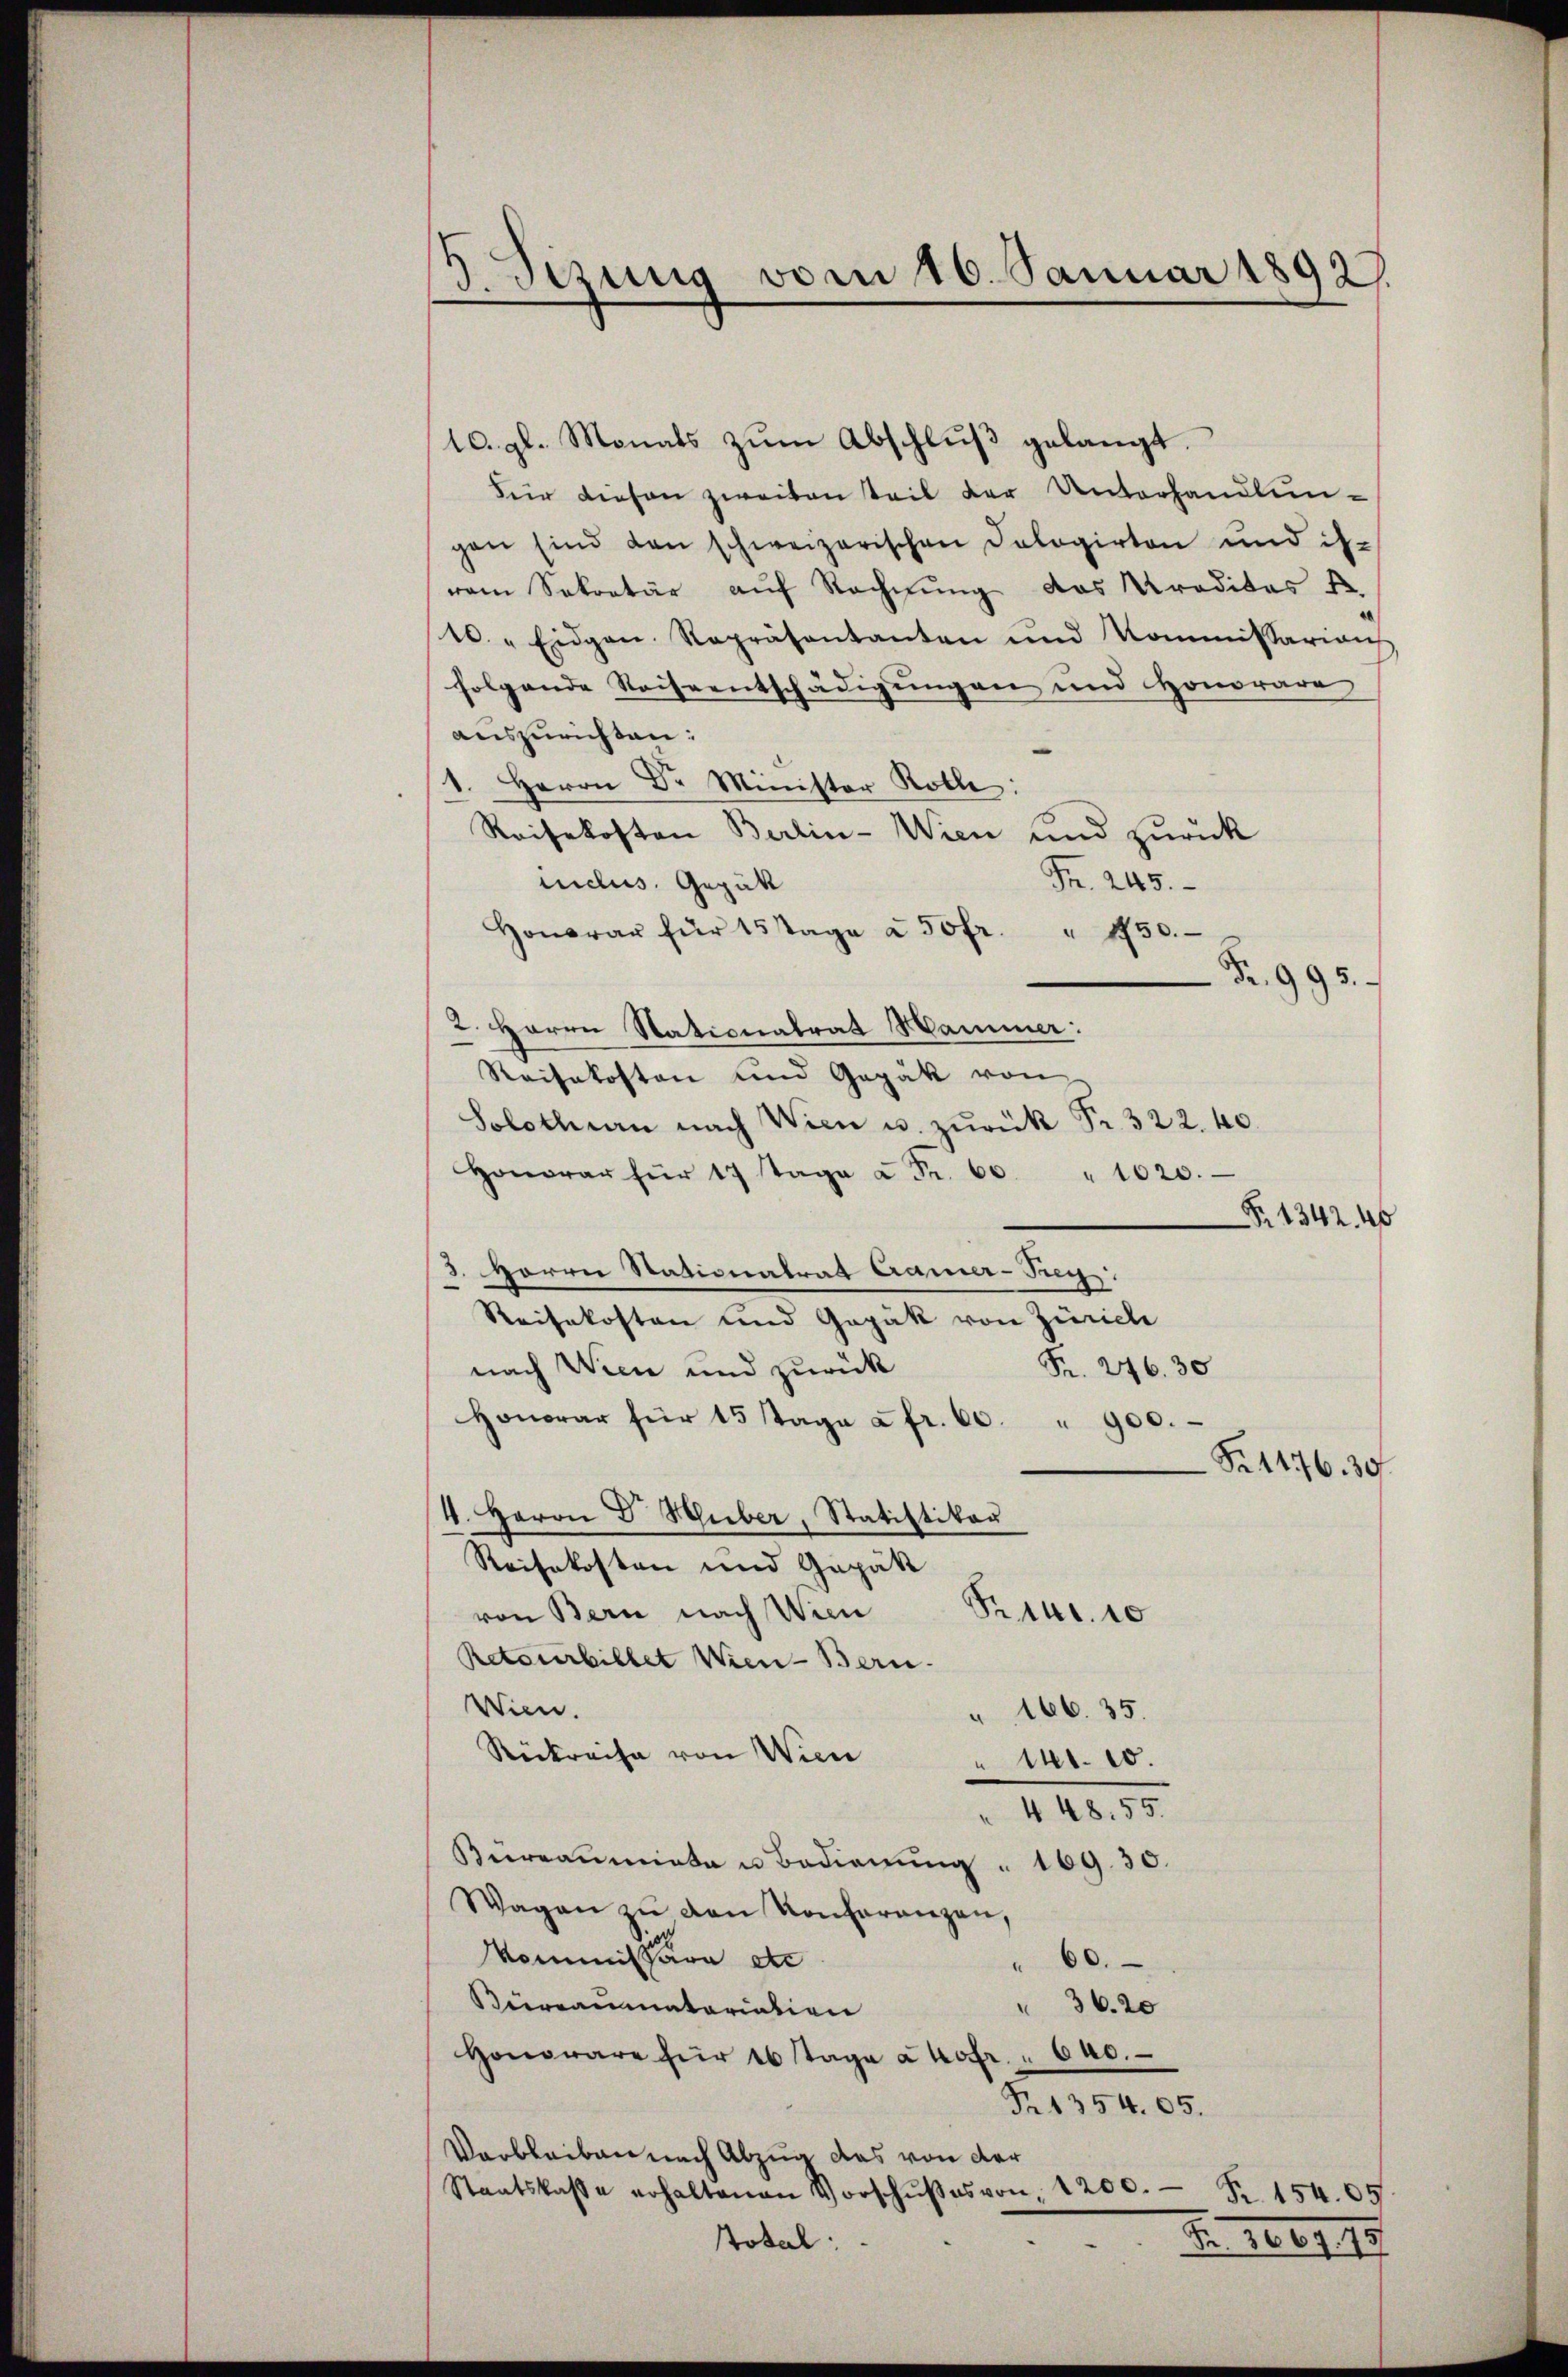
5. Sezung vom 16. Januar 18927

1. gl. Monats zŭm Abschlŭβ gelangt.
Für diesen zweiten Teil der Unterhandlungen sind den schweizerischen Cologirten und ih-
vem Sekretär auf Rechnung das Kreditas f
10. " Eidgen. Repräsentanten und Kommissarians
folgende Reiseentschädigungen und Honorare
auszurichten:
1. Herrn Dr Minister Rolle:
Reisekosten Berlin-Wien und zurück
Fr. 245.
inclus. Gepätt
Honorar für 15 sage à 50 fr. " 4750.
Fr. 995.
2. Herrn Stationalrat Hammer:
Reisekosten und Gepäk von
Solothurn nach Wien u. zŭrück Fr. 322. 40.
Honorar für 17 Tage à Fr. 60 " 1020.
. 1342. 40
3. Herrn Stationatrat Camer-Pug:
Reisekosten und Gapak von Zürich
Fr. 246. 30
nach Wien und zurück
Honorar für 15 Tage a fr. 60. " 900.
S. 1476. 30
4. Herrn Dr. Huber, Statistikon
Reisekosten und Gepäk
Pr 140. 10
von Bern nach Wien
Retourbillet Wien Bern.
Wien.
16635.
Rückreise von Wien
141. 10.
448. 55.
Bürraumata u. Bedienung " 109. 30.
Wagen zŭ den Konferenzen,
Vommissäre etc
"60.
erraumatariation
36. 20
Honowäre für 16 Tage a hofr. . 640.
Nr. 1354. 65.
Verbleiben nach Abzug das von der
Staatskasse erhaltenen Vorschŭβes von 1200. Fr. 154. 65
Total
F. 16447